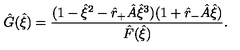
\hat { G } ( \hat { \xi } ) = \frac { ( 1 - \hat { \xi } ^ { 2 } - \hat { r } _ { + } \hat { A } \hat { \xi } ^ { 3 } ) ( 1 + \hat { r } _ { - } \hat { A } \hat { \xi } ) } { \hat { F } ( \hat { \xi } ) } .